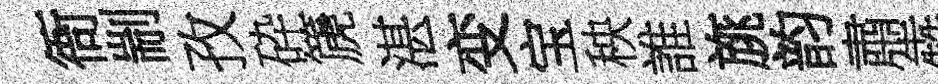
衙剬孜砕篪湛变宝秧誰旐韵肅犇